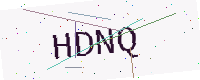
Text: HDNQ